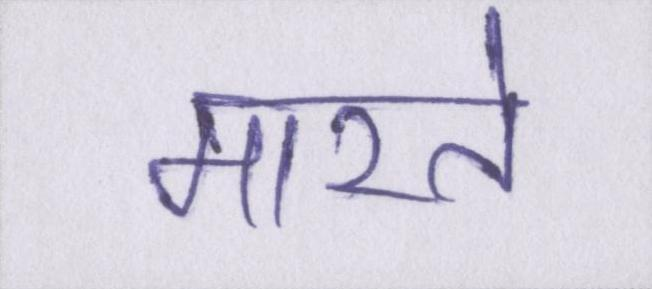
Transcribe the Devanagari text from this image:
मारते